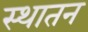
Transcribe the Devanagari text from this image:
स्थातन